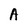
Character: A